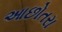
આછોતરા